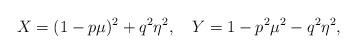
LaTeX: \begin{align*}X= (1-p\mu) ^{2}+q^{2}\eta ^{2},~~~Y= 1-p ^{2}\mu ^{2}-q^{2}\eta ^{2},\end{align*}